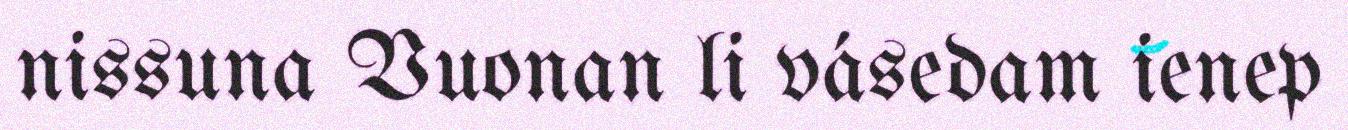
nissuna Vuonan li vásedam ienep